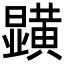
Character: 𭨏